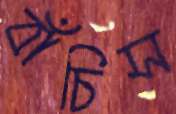
বাঁচিস